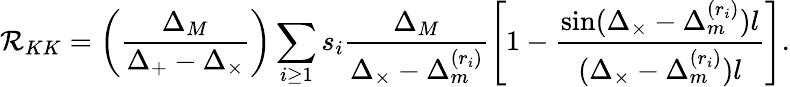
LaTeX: {\cal R}_{KK}=\left(\frac{\Delta_{M}}{\Delta_{+}-\Delta_{\times}}\right)\sum_{i\geq 1}s_{i}\frac{\Delta_{M}}{\Delta_{\times}-\Delta_{m}^{(r_{i})}}\left[1-\frac{\sin(\Delta_{\times}-\Delta_{m}^{(r_{i})})l}{(\Delta_{\times}-\Delta_{m}^{(r_{i})})l}\right].